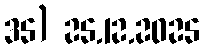
35) 25.12.2025